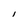
Character: I